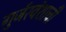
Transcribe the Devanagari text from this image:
गुर्जरवंशाची